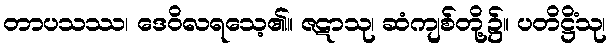
တာပသဿ၊ ဒေဝိလရသေ့၏။ ဇဋာသု၊ ဆံကျစ်တို့၌။ ပတိဋ္ဌိံသု၊